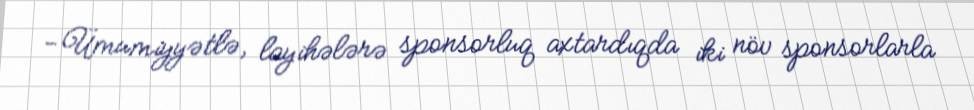
-Ümumiyyətlə, layihələrə sponsorluq axtardıqda iki növ sponsorlarla